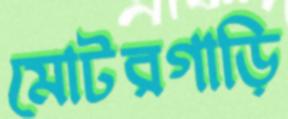
মোটরগাড়ি